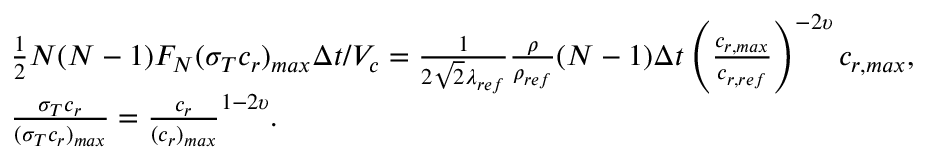
\begin{array} { r l } & { \frac { 1 } { 2 } N ( N - 1 ) F _ { N } ( \sigma _ { T } c _ { r } ) _ { m a x } \Delta t / V _ { c } = \frac { 1 } { 2 \sqrt { 2 } \lambda _ { r e f } } \frac { \rho } { \rho _ { r e f } } ( N - 1 ) \Delta t \left( { \frac { c _ { r , m a x } } { c _ { r , r e f } } } \right) ^ { - 2 \upsilon } c _ { r , m a x } , } \\ & { \frac { \sigma _ { T } c _ { r } } { ( \sigma _ { T } c _ { r } ) _ { m a x } } = \frac { c _ { r } } { ( c _ { r } ) _ { m a x } } ^ { 1 - 2 \upsilon } . } \end{array}